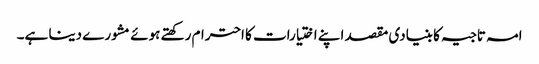
امہ تاجیہ کا بنیادی مقصد اپنے اختیارات کا احترام رکھتے ہوئے مشورے دینا ہے۔